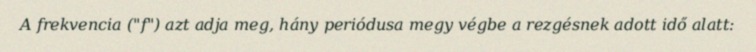
A frekvencia ("f") azt adja meg, hány periódusa megy végbe a rezgésnek adott idő alatt: